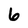
Character: 6